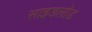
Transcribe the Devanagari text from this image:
साइडलोड